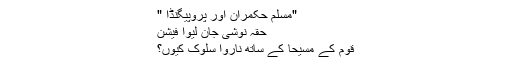
"مسلم حکمران اور پروپیگنڈا "
حقہ نوشی جان لیوا فیشن
قوم کے مسیحا کے ساتھ ناروا سلوک کیوں؟